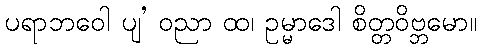
ပရာဘဝေါ ပျ’ ဝညာ ထ၊ ဥမ္မာဒေါ စိတ္တဝိဗ္ဘမော။